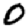
Digit: 0